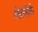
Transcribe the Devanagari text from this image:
लेक्लेर्क